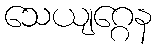
သေယျဂ္ဂေန